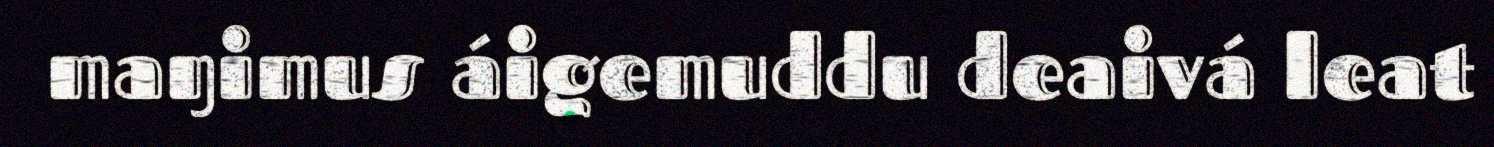
maŋimus áigemuddu deaivá leat